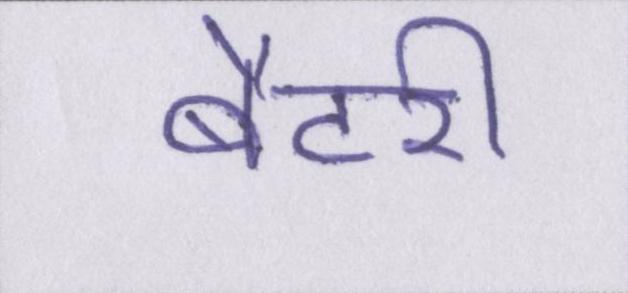
बैटरी